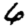
Digit: 6